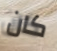
كان